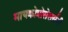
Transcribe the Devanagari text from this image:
मायक्रोप्रोसेसर्सनी